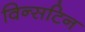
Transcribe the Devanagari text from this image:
विन्सटिन